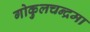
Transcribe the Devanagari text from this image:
गोकुलचन्द्रमा